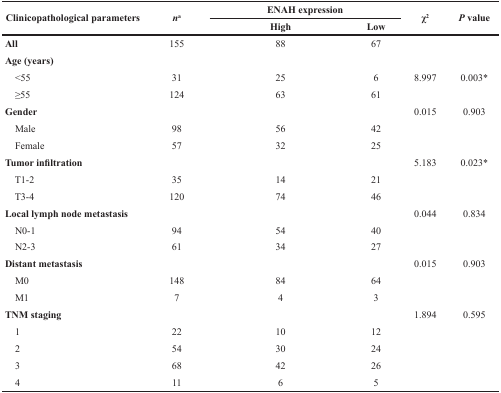
<table><thead><tr><td rowspan="2"><b>Clinicopathological parameters</b></td><td rowspan="2"><b><i>n</i><sup>a</sup></b></td><td colspan="2"><b>ENAH expression</b></td><td rowspan="2"><b>χ<sup>2</sup></b></td><td rowspan="2"><b><i>P</i> value</b></td></tr><tr><td><b>High</b></td><td><b>Low</b></td></tr></thead><tbody><tr><td><b>All</b></td><td>155</td><td>88</td><td>67</td><td></td><td></td></tr><tr><td><b>Age (years)</b></td><td></td><td></td><td></td><td></td><td></td></tr><tr><td> &lt;55</td><td>31</td><td>25</td><td>6</td><td>8.997</td><td>0.003*</td></tr><tr><td> ≥55</td><td>124</td><td>63</td><td>61</td><td></td><td></td></tr><tr><td><b>Gender</b></td><td></td><td></td><td></td><td>0.015</td><td>0.903</td></tr><tr><td> Male</td><td>98</td><td>56</td><td>42</td><td></td><td></td></tr><tr><td> Female</td><td>57</td><td>32</td><td>25</td><td></td><td></td></tr><tr><td><b>Tumor infiltration</b></td><td></td><td></td><td></td><td>5.183</td><td>0.023*</td></tr><tr><td> T1-2</td><td>35</td><td>14</td><td>21</td><td></td><td></td></tr><tr><td> T3-4</td><td>120</td><td>74</td><td>46</td><td></td><td></td></tr><tr><td><b>Local lymph node metastasis</b></td><td></td><td></td><td></td><td>0.044</td><td>0.834</td></tr><tr><td> N0-1</td><td>94</td><td>54</td><td>40</td><td></td><td></td></tr><tr><td> N2-3</td><td>61</td><td>34</td><td>27</td><td></td><td></td></tr><tr><td><b>Distant metastasis</b></td><td></td><td></td><td></td><td>0.015</td><td>0.903</td></tr><tr><td> M0</td><td>148</td><td>84</td><td>64</td><td></td><td></td></tr><tr><td> M1</td><td>7</td><td>4</td><td>3</td><td></td><td></td></tr><tr><td><b>TNM staging</b></td><td></td><td></td><td></td><td>1.894</td><td>0.595</td></tr><tr><td> 1</td><td>22</td><td>10</td><td>12</td><td></td><td></td></tr><tr><td> 2</td><td>54</td><td>30</td><td>24</td><td></td><td></td></tr><tr><td> 3</td><td>68</td><td>42</td><td>26</td><td></td><td></td></tr><tr><td> 4</td><td>11</td><td>6</td><td>5</td><td></td><td></td></tr></tbody></table>